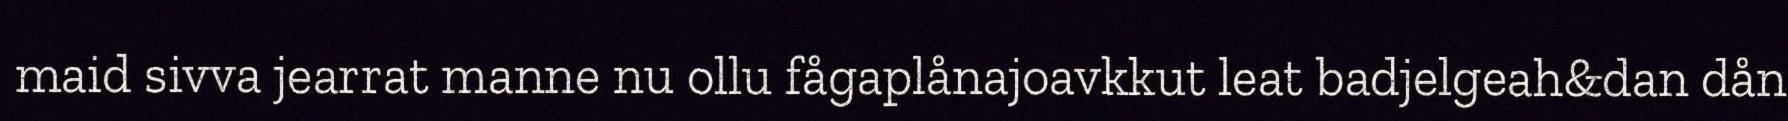
maid sivva jearrat manne nu ollu fågaplånajoavkkut leat badjelgeah&dan dån